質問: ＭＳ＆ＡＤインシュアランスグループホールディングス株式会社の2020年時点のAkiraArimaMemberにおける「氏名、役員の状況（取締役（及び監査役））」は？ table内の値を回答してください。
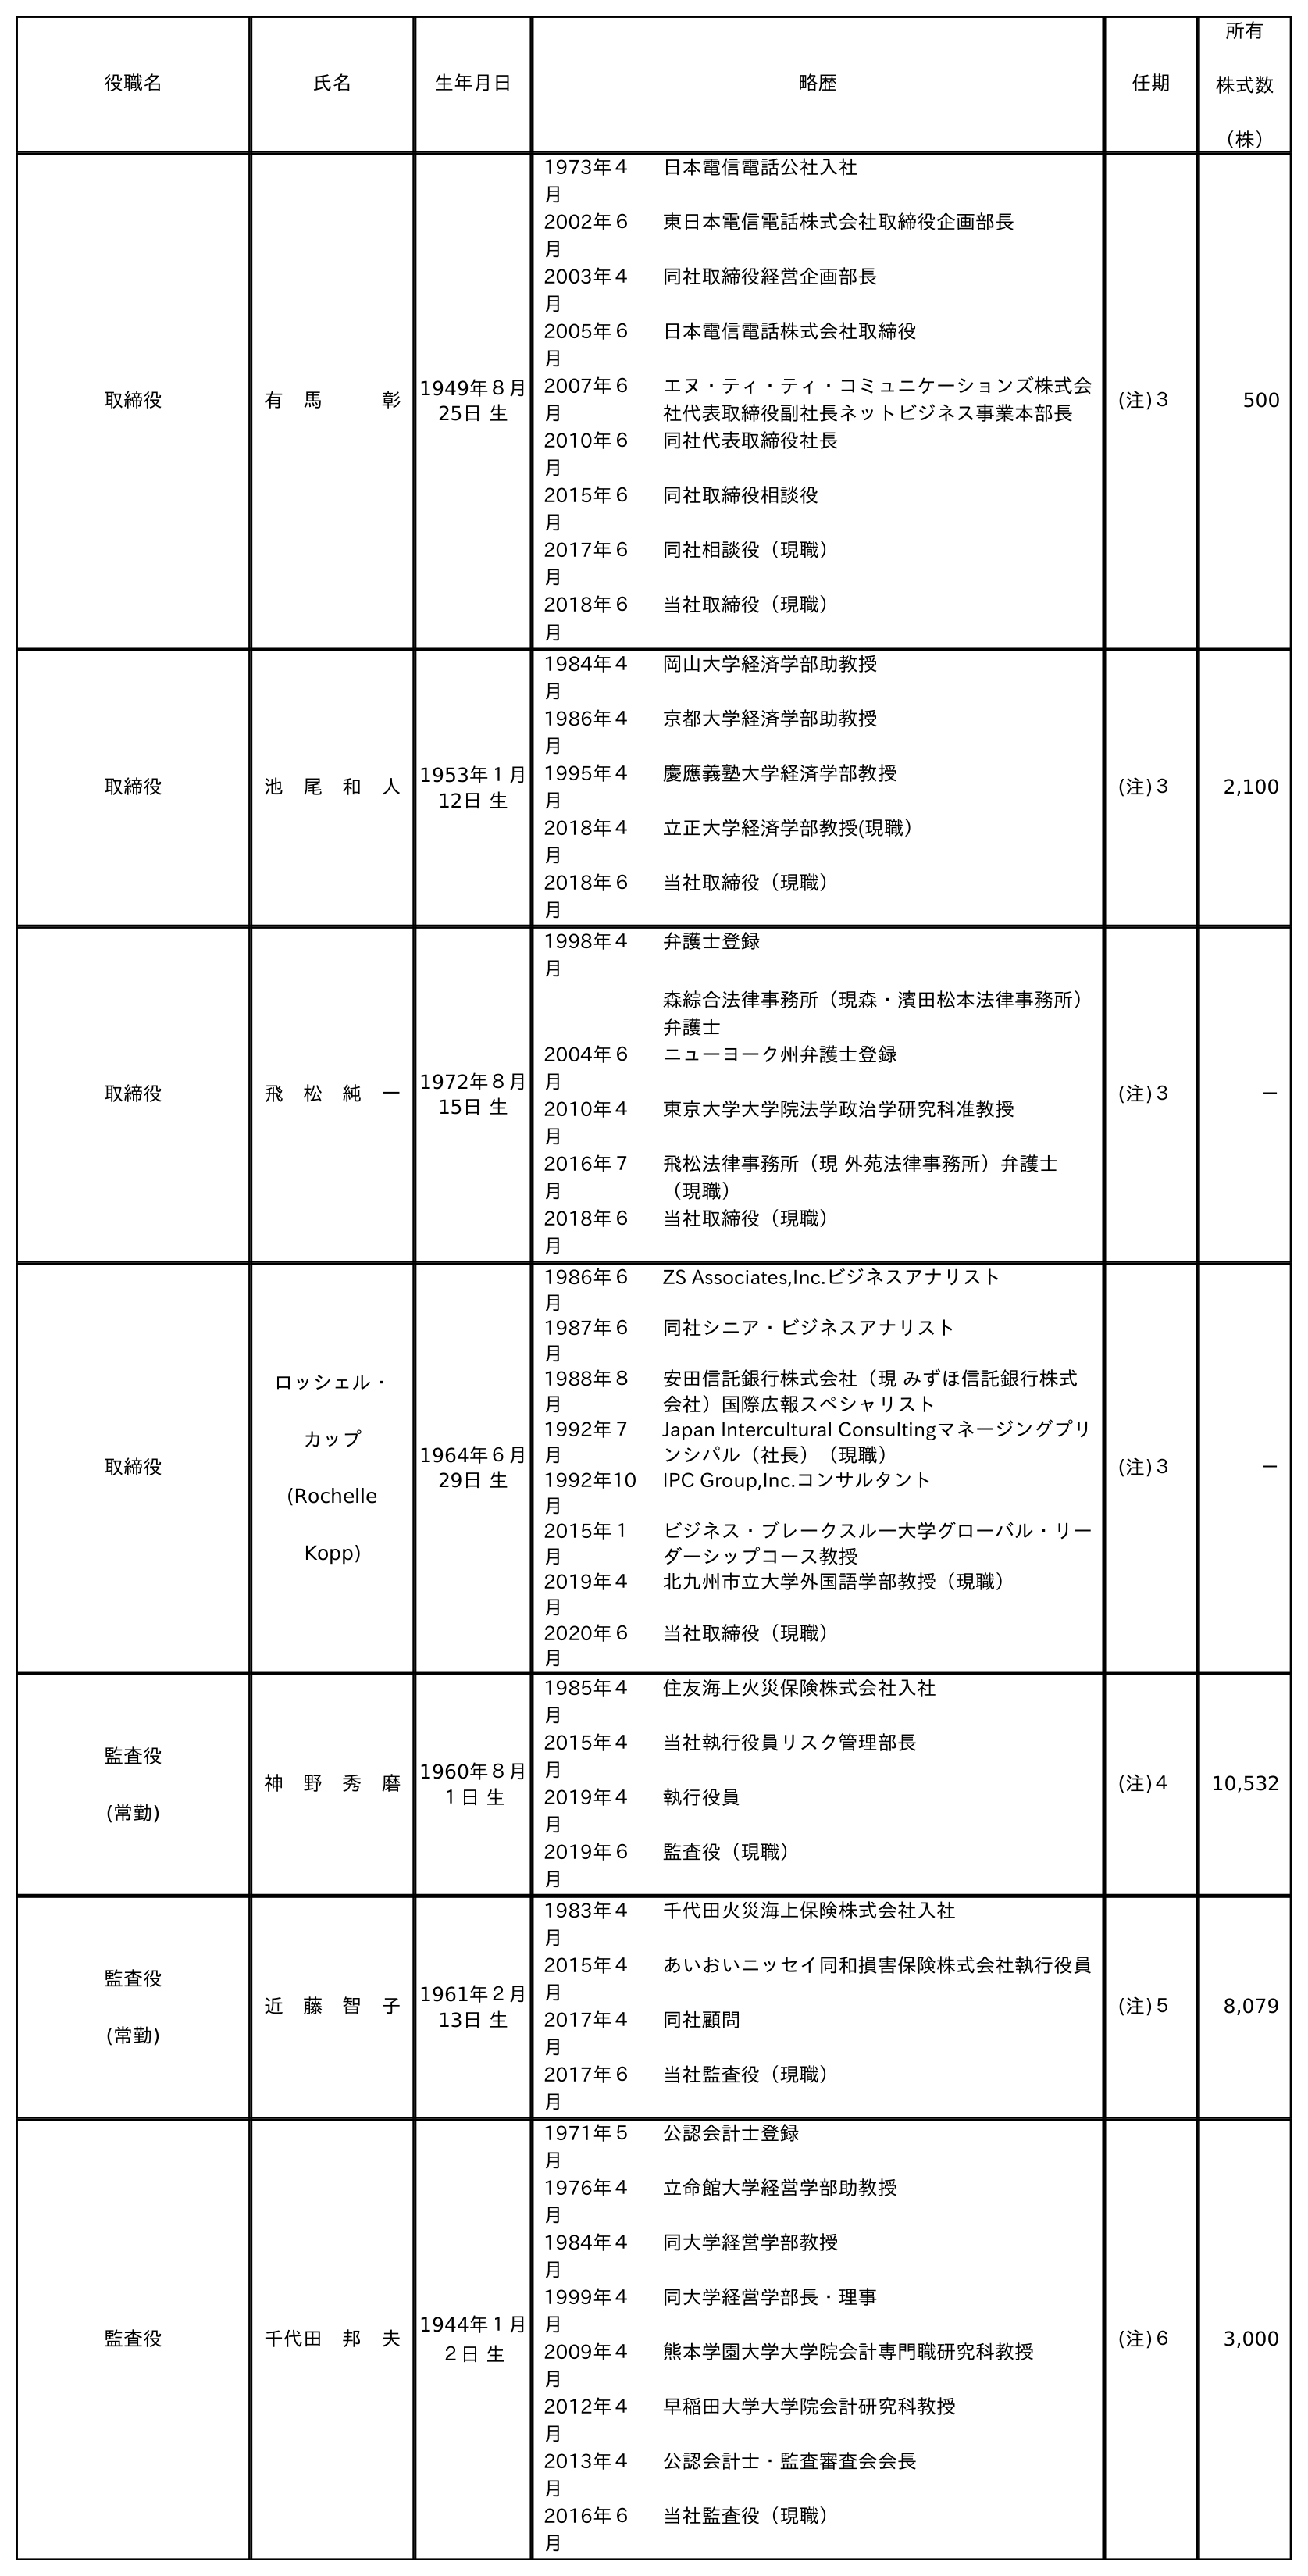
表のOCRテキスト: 役職名 氏名 生年月日 略歴 任期 所有 株式数 （株） 取締役 有 馬   彰 1949年８月 25日 生 1973年４ 月 日本電信電話公社入社 2002年６ 月 東日本電信電話株式会社取締役企画部長 2003年４ 月 同社取締役経営企画部長 2005年６ 月 日本電信電話株式会社取締役 2007年６ 月 エヌ・ティ・ティ・コミュニケーションズ株式会 社代表取締役副社長ネットビジネス事業本部長 2010年６ 月 同社代表取締役社長 2015年６ 月 同社取締役相談役 2017年６ 月 同社相談役（現職） 2018年６ 月 当社取締役（現職） (注)３ 500 取締役 池 尾 和 人 1953年１月 12日 生 1984年４ 月 岡山大学経済学部助教授 1986年４ 月 京都大学経済学部助教授 1995年４ 月 慶應義塾大学経済学部教授 2018年４ 月 立正大学経済学部教授(現職） 2018年６ 月 当社取締役（現職） (注)３ 2,100 取締役 飛 松 純 一 1972年８月 15日 生 1998年４ 月 弁護士登録 森綜合法律事務所（現森・濱田松本法律事務所） 弁護士 2004年６ 月 ニューヨーク州弁護士登録 2010年４ 月 東京大学大学院法学政治学研究科准教授 2016年７ 月 飛松法律事務所（現 外苑法律事務所）弁護士 （現職） 2018年６ 月 当社取締役（現職） (注)３ － 取締役 ロッシェル・ カップ (Rochelle Kopp) 1964年６月 29日 生 1986年６ 月 ZS Associates,Inc.ビジネスアナリスト 1987年６ 月 同社シニア・ビジネスアナリスト 1988年８ 月 安田信託銀行株式会社（現 みずほ信託銀行株式 会社）国際広報スペシャリスト 1992年７ 月 Japan Intercultural Consultingマネージングプリ ンシパル（社長）（現職） 1992年10 月 IPC Group,Inc.コンサルタント 2015年１ 月 ビジネス・ブレークスル―大学グローバル・リー ダーシップコース教授 2019年４ 月 北九州市立大学外国語学部教授（現職） 2020年６ 月 当社取締役（現職） (注)３ － 監査役 (常勤) 神 野 秀 磨 1960年８月 １日 生 1985年４ 月 住友海上火災保険株式会社入社 2015年４ 月 当社執行役員リスク管理部長 2019年４ 月 執行役員 2019年６ 月 監査役（現職） (注)４ 10,532 監査役 (常勤) 近 藤 智 子 1961年２月 13日 生 1983年４ 月 千代田火災海上保険株式会社入社 2015年４ 月 あいおいニッセイ同和損害保険株式会社執行役員 2017年４ 月 同社顧問 2017年６ 月 当社監査役（現職） (注)５ 8,079 監査役 千代田 邦 夫 1944年１月 ２日 生 1971年５ 月 公認会計士登録 1976年４ 月 立命館大学経営学部助教授 1984年４ 月 同大学経営学部教授 1999年４ 月 同大学経営学部長・理事 2009年４ 月 熊本学園大学大学院会計専門職研究科教授 2012年４ 月 早稲田大学大学院会計研究科教授 2013年４ 月 公認会計士・監査審査会会長 2016年６ 月 当社監査役（現職） (注)６ 3,000
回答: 有　馬彰